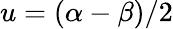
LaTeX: u=(\alpha-\beta)/2